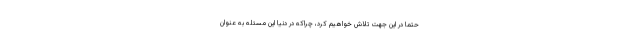
حتما در این جهت تلاش خواهیم کرد، چراکه در دنیا این مسئله به عنوان